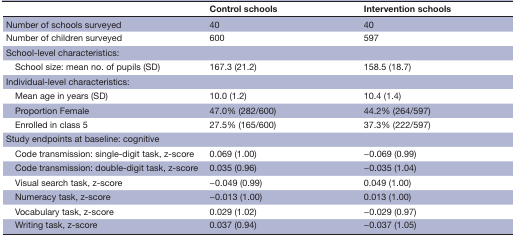
<table><thead><tr><td></td><td><b>Control schools</b></td><td><b>Intervention schools</b></td></tr></thead><tbody><tr><td>Number of schools surveyed</td><td>40</td><td>40</td></tr><tr><td>Number of children surveyed</td><td>600</td><td>597</td></tr><tr><td>School-level characteristics:</td><td></td><td></td></tr><tr><td> School size: mean no. of pupils (SD)</td><td>167.3 (21.2)</td><td>158.5 (18.7)</td></tr><tr><td>Individual-level characteristics:</td><td></td><td></td></tr><tr><td> Mean age in years (SD)</td><td>10.0 (1.2)</td><td>10.4 (1.4)</td></tr><tr><td> Proportion Female</td><td>47.0% (282/600)</td><td>44.2% (264/597)</td></tr><tr><td> Enrolled in class 5</td><td>27.5% (165/600)</td><td>37.3% (222/597)</td></tr><tr><td>Study endpoints at baseline: cognitive</td><td></td><td></td></tr><tr><td> Code transmission: single-digit task, z-score</td><td>0.069 (1.00)</td><td>−0.069 (0.99)</td></tr><tr><td> Code transmission: double-digit task, z-score</td><td>0.035 (0.96)</td><td>−0.035 (1.04)</td></tr><tr><td> Visual search task, z-score</td><td>−0.049 (0.99)</td><td>0.049 (1.00)</td></tr><tr><td> Numeracy task, z-score</td><td>−0.013 (1.00)</td><td>0.013 (1.00)</td></tr><tr><td> Vocabulary task, z-score</td><td>0.029 (1.02)</td><td>−0.029 (0.97)</td></tr><tr><td> Writing task, z-score</td><td>0.037 (0.94)</td><td>−0.037 (1.05)</td></tr></tbody></table>